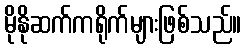
မိုနိုဆက်ကရိုက်များဖြစ်သည်။